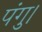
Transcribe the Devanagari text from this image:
पंगु।